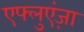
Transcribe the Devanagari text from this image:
एफ्लुएंज़ा